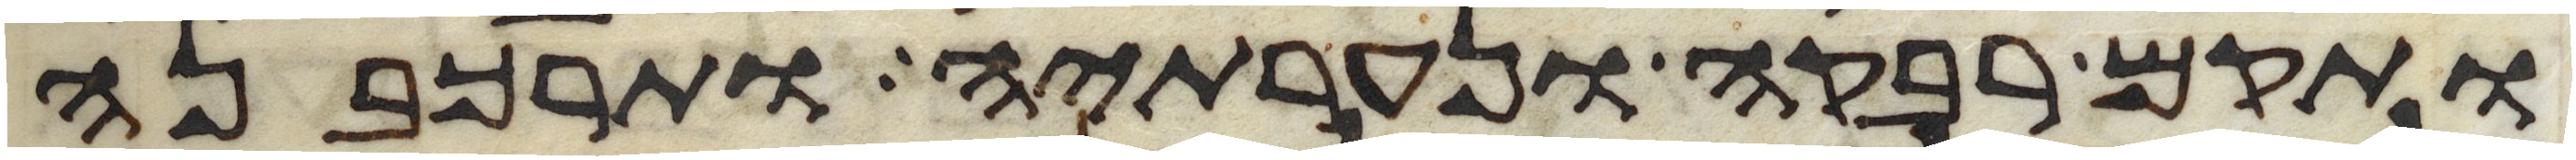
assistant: ותקם רבקה ונערתיה ותרכבנה